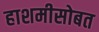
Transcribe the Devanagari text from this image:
हाशमीसोबत